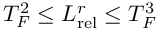
T _ { F } ^ { 2 } \leq L _ { \mathrm { r e l } } ^ { r } \leq T _ { F } ^ { 3 }